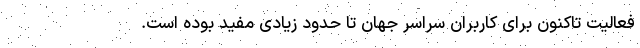
فعالیت تاکنون برای کاربران سراسر جهان تا حدود زیادی مفید بوده است.